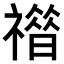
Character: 𥛾